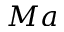
M a